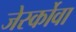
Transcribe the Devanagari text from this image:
जेर्स्कोवा